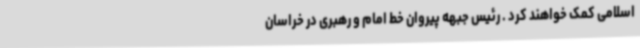
اسلامی کمک خواهند کرد . رئیس جبهه پیروان خط امام و رهبری در خراسان